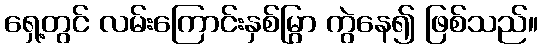
ရှေ့တွင် လမ်းကြောင်းနှစ်မြွာ ကွဲနေ၍ ဖြစ်သည်။